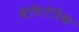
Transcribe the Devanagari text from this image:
बैलिऐरिक